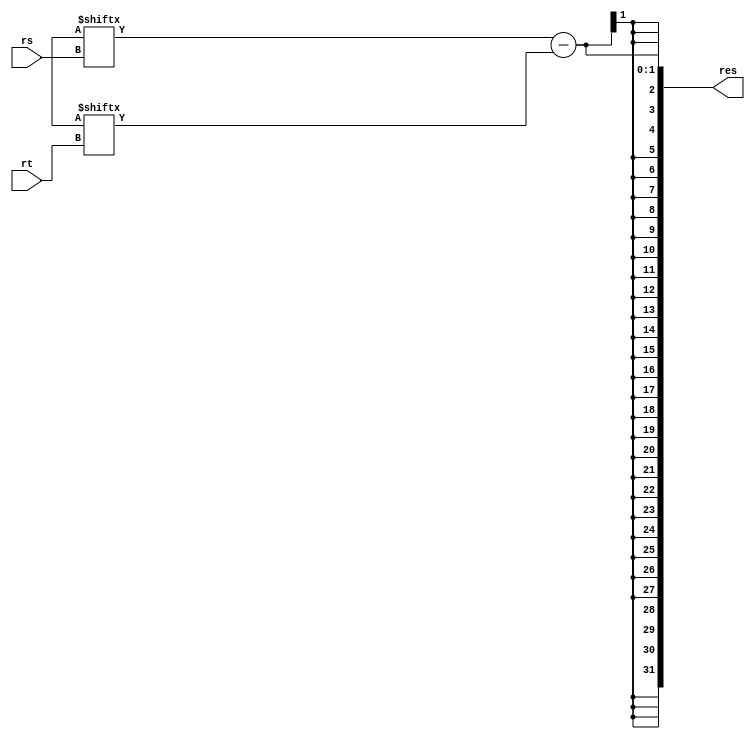
module sub
(
    input       [4:0] rs, rt,
    output      [31:0] res
);

assign res = glob.r[rs] - glob.r[rt];

endmodule